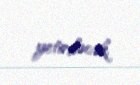
yetiriləcək.